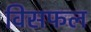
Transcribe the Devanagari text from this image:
विसफल